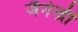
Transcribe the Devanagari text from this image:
जैनेन्द्री